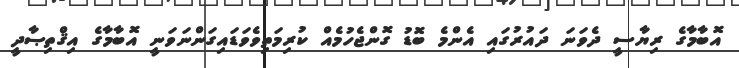
އޮބާމާގެ ރިޔާސީ ދެވަނަ ދައުރުގައި އެންމެ ބޮޑު ގޮންޖެހުމެއް ކުރިމަތިވެވަޑައިގަންނަވަނީ އޮބާމާގެ އިޤްތިޞާދީ